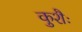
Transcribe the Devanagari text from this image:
कुशैः